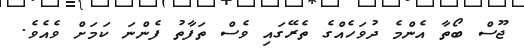
ޖޫސް ބޯތާ އެންމެ ދުވަހެއްގެ ތެރޭގައި ވެސް ތަފާތު ފެންނަ ކަމަށް ވެއެވެ.